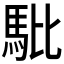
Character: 𲋳